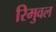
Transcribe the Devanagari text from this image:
रिमुवल